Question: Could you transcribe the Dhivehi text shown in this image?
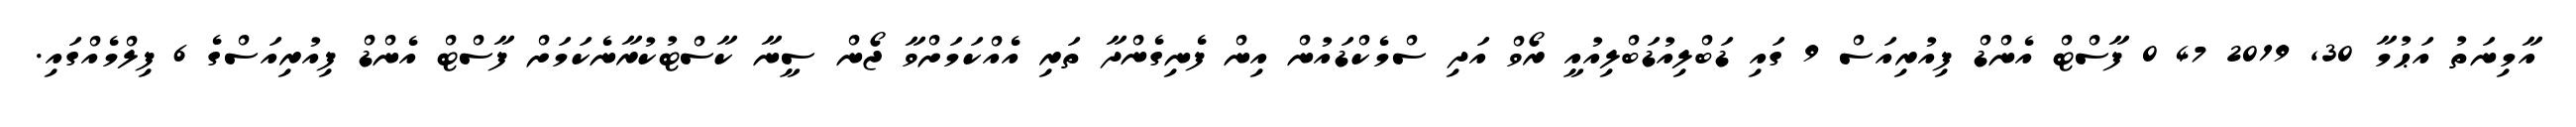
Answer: އާމިނަތު އަޙުމާ 30, 2019 47 0 ފާސްޓް އެންޑް ފިއުރިއަސް 9 ގައި ޑަބްލިއުޑަބްލިއުއީ ރޯވް އަދި ސްމެކްޑައުން އިން ފެނިގެންދާ ތަރި އެއްކަމަށްވާ ޖޯން ސީނާ ކާސްޓުކުރާނެކަމަށް ފާސްޓް އެންޑް ފިއުރިއަސްގެ 6 ފިލްމެއްގައި.